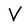
Character: V